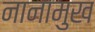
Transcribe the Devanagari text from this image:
नानामुख